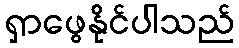
ရှာဖွေနိုင်ပါသည်